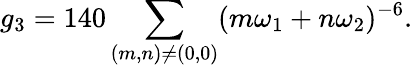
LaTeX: g_{3}=140\sum_{(m,n)\neq(0,0)}(m\omega_{1}+n\omega_{2})^{-6}.